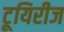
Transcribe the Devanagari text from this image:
टूयिरीज